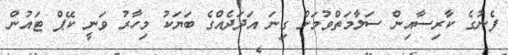
ފެނުގެ ކާރިސާއިން ސަލާމަތްވުމަށް ގިނަ އަދަދެއްގެ ބަޔަކު މިހާރު ވަނީ ކޭޕް ޓައުން